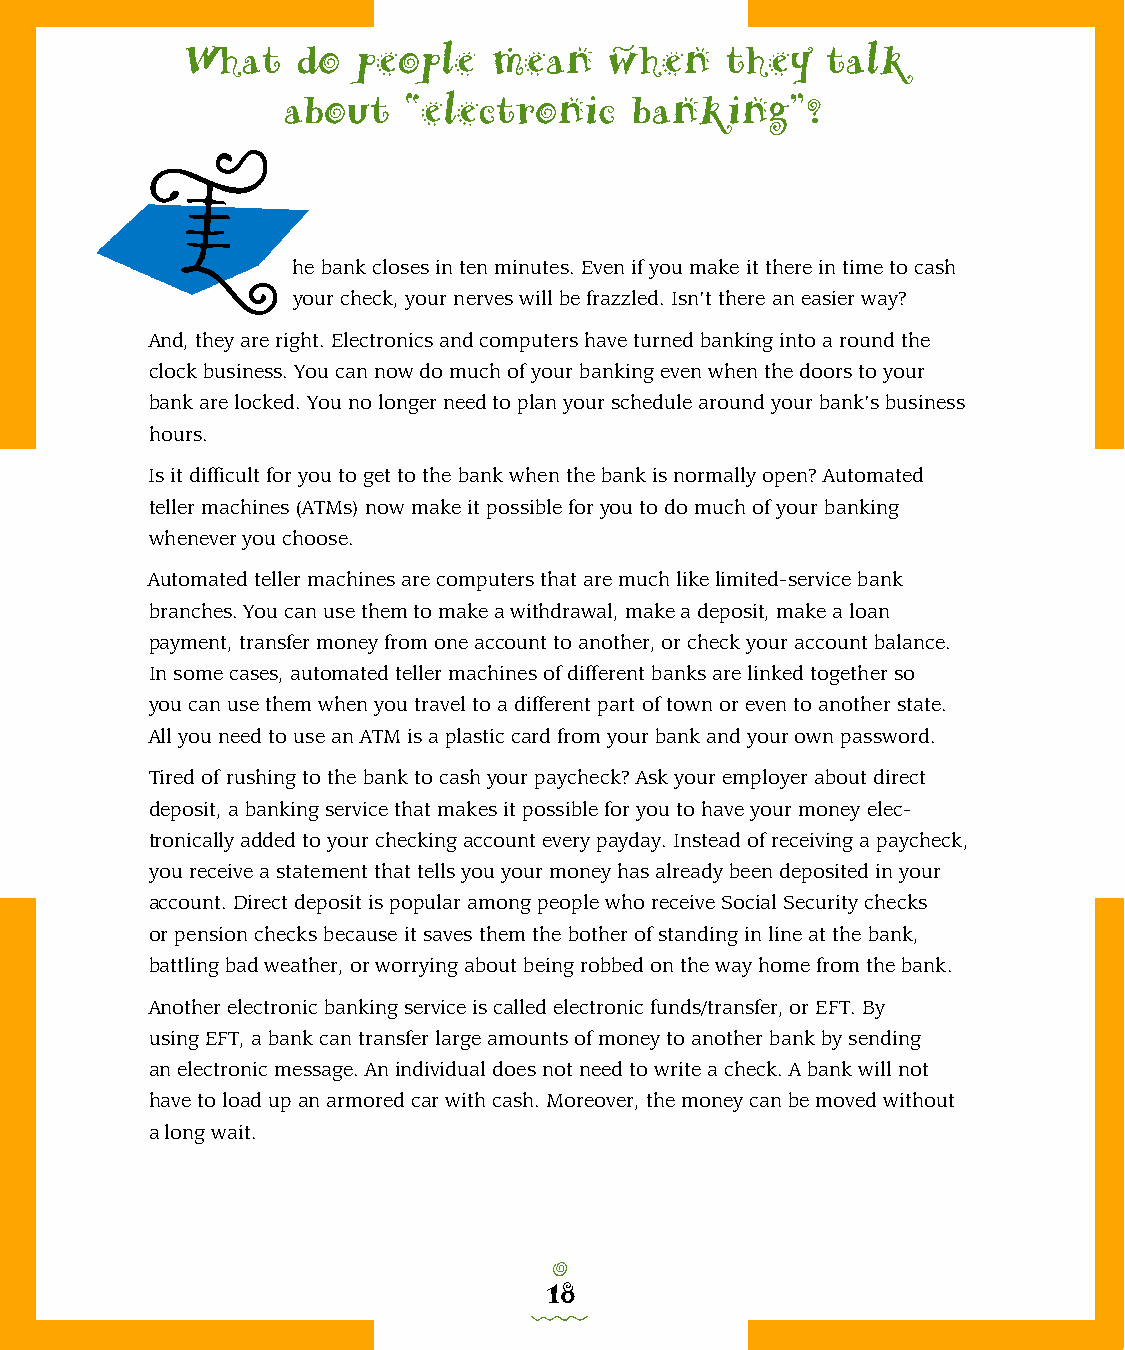
What    do  people   mean   when    they   talk
 about   “electronic    banking”?
 T
 he bank closes in ten minutes. Even if you make it there in time to cash
 your check, your nerves will be frazzled. Isn’t there an easier way?
 And, they are right. Electronics and computers have turned banking into a round the
 clock business. You can now do much of your banking even when the doors to your
 bank are locked. You no longer need to plan your schedule around your bank’s business
 hours.
 Is it difficult for you to get to the bank when the bank is normally open? Automated
 teller machines (ATMs) now make it possible for you to do much of your banking
 whenever you choose.
 Automated teller machines are computers that are much like limited-service bank
 branches. You can use them to make a withdrawal, make a deposit, make a loan
 payment, transfer money from one account to another, or check your account balance.
 In some cases, automated teller machines of different banks are linked together so
 you can use them when you travel to a different part of town or even to another state.
 All you need to use an ATM is a plastic card from your bank and your own password.
 Tired of rushing to the bank to cash your paycheck? Ask your employer about direct
 deposit, a banking service that makes it possible for you to have your money elec-
 tronically added to your checking account every payday. Instead of receiving a paycheck,
 you receive a statement that tells you your money has already been deposited in your
 account. Direct deposit is popular among people who receive Social Security checks
 or pension checks because it saves them the bother of standing in line at the bank,
 battling bad weather, or worrying about being robbed on the way home from the bank.
 Another electronic banking service is called electronic funds/transfer, or EFT. By
 using EFT, a bank can transfer large amounts of money to another bank by sending
 an electronic message. An individual does not need to write a check. A bank will not
 have to load up an armored car with cash. Moreover, the money can be moved without
 a long wait.
 o
 18
 0